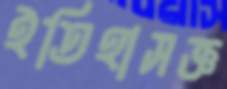
ইতিহাসজ্ঞ